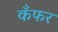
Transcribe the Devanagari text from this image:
कँफर